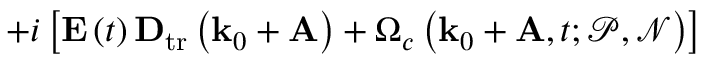
+ i \left[ \mathbf { E } \left( t \right) \mathbf { D } _ { \mathrm { t r } } \left( \mathbf { k } _ { 0 } + \mathbf { A } \right) + \Omega _ { c } \left( \mathbf { k } _ { 0 } + \mathbf { A } , t ; \mathcal { P } , \mathcal { N } \right) \right]